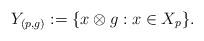
LaTeX: \begin{align*}Y_{(p,g)}:=\{x\otimes g: x\in X_p\}.\end{align*}